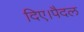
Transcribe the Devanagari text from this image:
दिए।पैदल